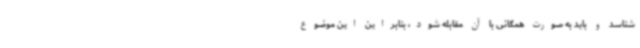
‌شناسد و باید به صورت همگانی با آن مقابله شود، بنابراین این موضوع